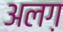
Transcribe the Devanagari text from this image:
अलग़